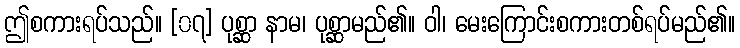
ဤစကားရပ်သည်။ [၀၇] ပုစ္ဆာ နာမ၊ ပုစ္ဆာမည်၏။ ဝါ၊ မေးကြောင်းစကားတစ်ရပ်မည်၏။